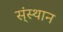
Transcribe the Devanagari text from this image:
स्ंस्थान